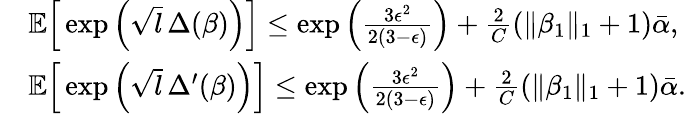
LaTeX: \begin{array}{rl}&{\mathbb{E}\Big[\exp\Big(\sqrt{l}\, \Delta(\beta)\Big)\Big]\leq\exp\Big(\frac{3\epsilon^{2}}{2(3-\epsilon)}\Big)+\frac{2}{C}(\| \beta_{1}\| _{1}+1)\bar{\alpha},}\\ &{\mathbb{E}\Big[\exp\Big(\sqrt{l}\, \Delta^{\prime}(\beta)\Big)\Big]\leq\exp\Big(\frac{3\epsilon^{2}}{2(3-\epsilon)}\Big)+\frac{2}{C}(\| \beta_{1}\| _{1}+1)\bar{\alpha}.}\end{array}